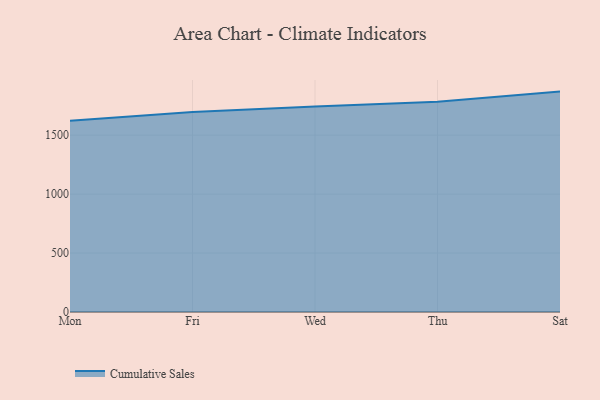
{"axis": {"x": "Day", "y": "Demand Index"}, "legend": ["Cumulative Sales"], "data": [{"x": "Mon", "y": 1621.5, "type": "Cumulative Sales"}, {"x": "Fri", "y": 1696.7, "type": "Cumulative Sales"}, {"x": "Wed", "y": 1742.1, "type": "Cumulative Sales"}, {"x": "Thu", "y": 1782.5, "type": "Cumulative Sales"}, {"x": "Sat", "y": 1869.4, "type": "Cumulative Sales"}]}